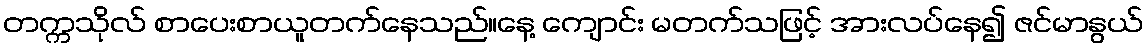
တက္ကသိုလ် စာပေးစာယူတက်နေသည်။နေ့ ကျောင်း မတက်သဖြင့် အားလပ်နေ၍ ဇင်မာနွယ်